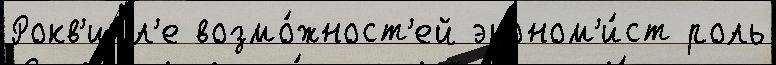
Рокв'илл'е возмо́жност'ей эконом'и́ст роль